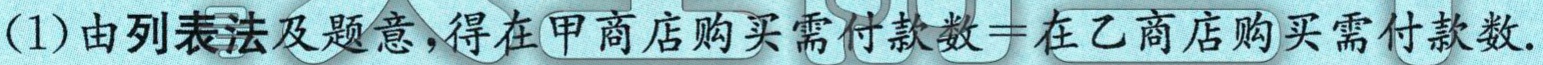
(1)由列表法及题意，得在甲商店购买需付款数=在乙商店购买需付款数.